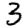
Digit: 3